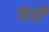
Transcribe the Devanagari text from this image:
चार्रो